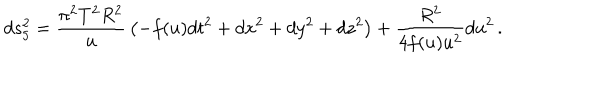
LaTeX: d s _ { 5 } ^ { 2 } = { \frac { \pi ^ { 2 } T ^ { 2 } R ^ { 2 } } { u } } \left( - f ( u ) d t ^ { 2 } + d x ^ { 2 } + d y ^ { 2 } + d z ^ { 2 } \right) + { \frac { R ^ { 2 } } { 4 f ( u ) u ^ { 2 } } } d u ^ { 2 } \, .